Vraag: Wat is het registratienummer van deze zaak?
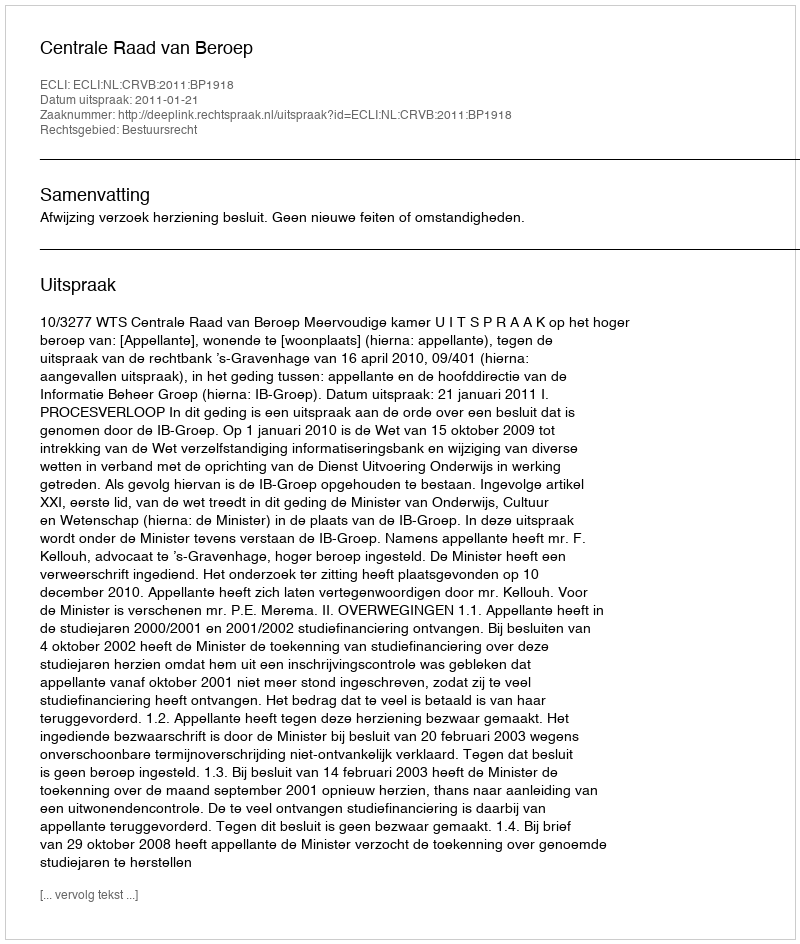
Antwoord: http://deeplink.rechtspraak.nl/uitspraak?id=ECLI:NL:CRVB:2011:BP1918